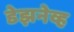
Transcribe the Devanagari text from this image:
डेझनेव्ह